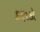
કણકો